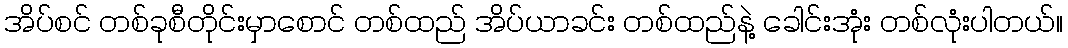
အိပ်စင် တစ်ခုစီတိုင်းမှာစောင် တစ်ထည် အိပ်ယာခင်း တစ်ထည်နဲ့ ခေါင်းအုံး တစ်လုံးပါတယ်။